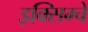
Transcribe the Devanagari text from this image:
इक्सिम्चे